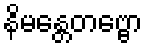
နိမန္တေတဗ္ဗော